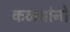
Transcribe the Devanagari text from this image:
कळ्यांनो